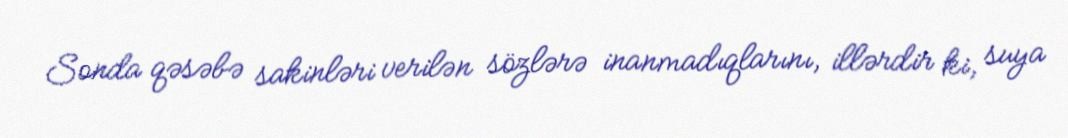
Sonda qəsəbə sakinləri verilən sözlərə inanmadıqlarını, illərdir ki, suya